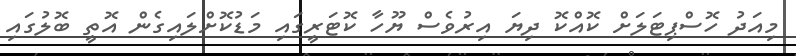
މިއަދު ހޮސްޕިޓަލަށް ކޮއްކޮ ދިޔަ އިރުވެސް ޔޫހާ ކޮޓަރީގައި މަޑުކޮށްލައިގެން އޮތީ ބޮލުގައި